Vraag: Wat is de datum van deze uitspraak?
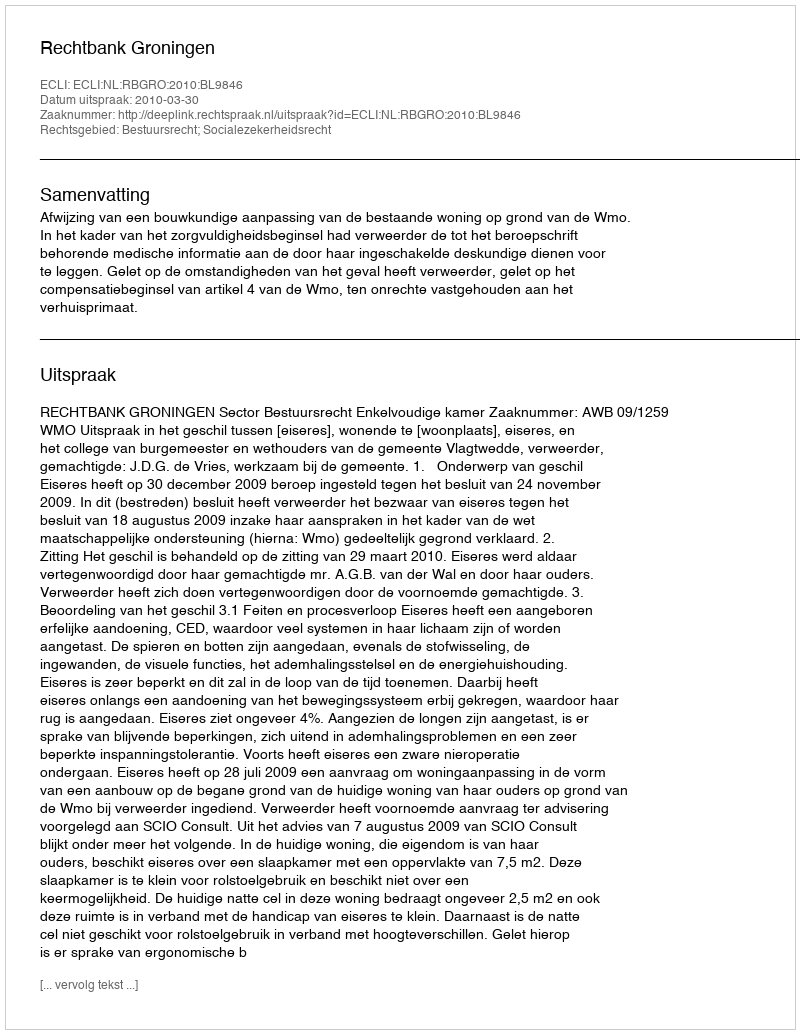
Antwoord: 2010-03-30